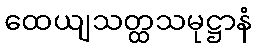
ထေယျသတ္ထသမုဋ္ဌာနံ